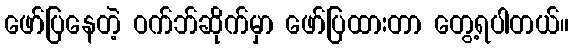
ဖော်ပြနေတဲ့ ဝက်ဘ်ဆိုက်မှာ ဖော်ပြထားတာ တွေ့ရပါတယ်။